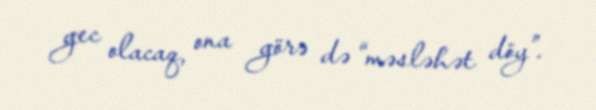
gec olacaq, ona görə də “məsləhət döy”.